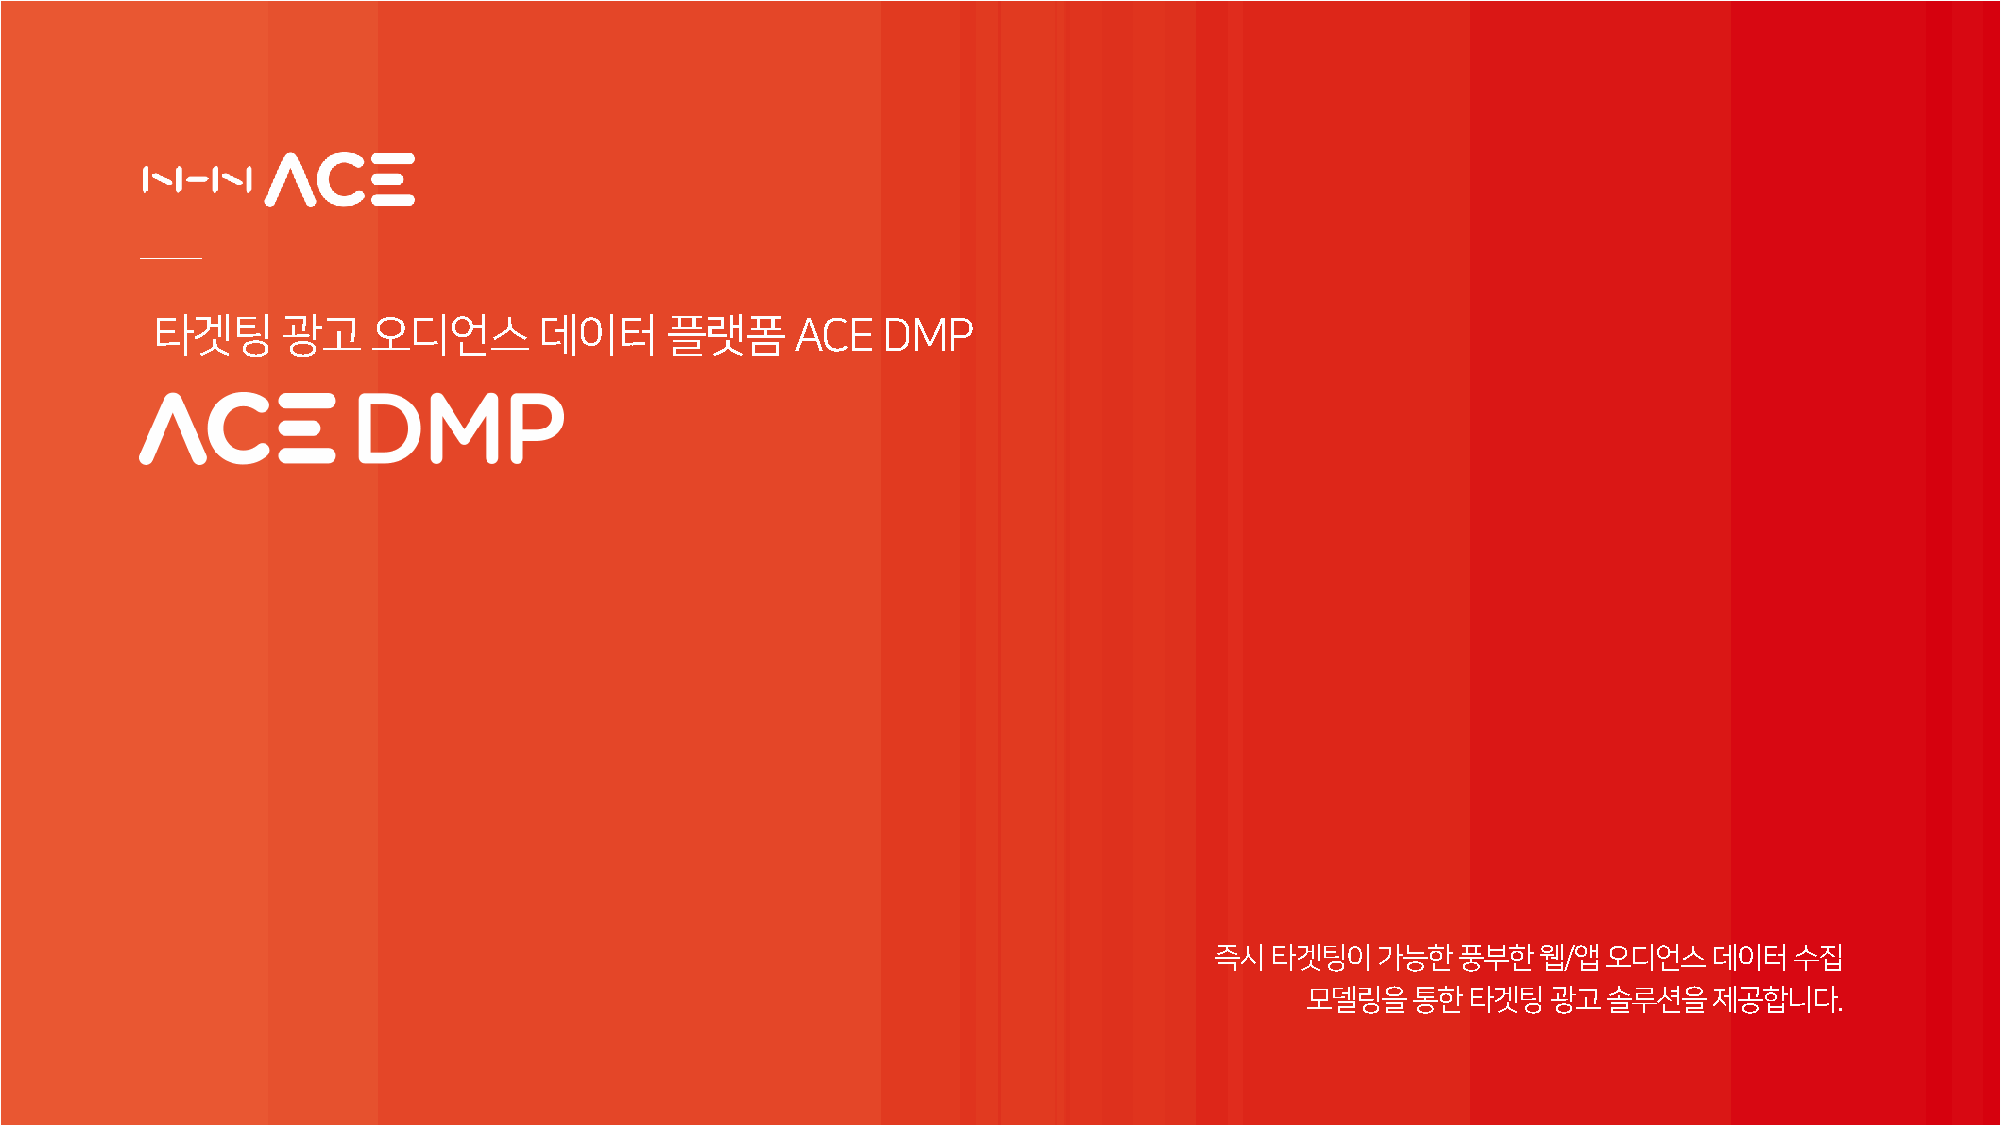
타겟팅      광고   오디언스        데이터     플랫폼      ACE  DMP
 즉시타겟팅이가능한풍부한웹/앱오디언스데이터수집
 모델링을통한타겟팅광고솔루션을제공합니다.